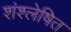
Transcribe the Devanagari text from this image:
शंश्लेषित